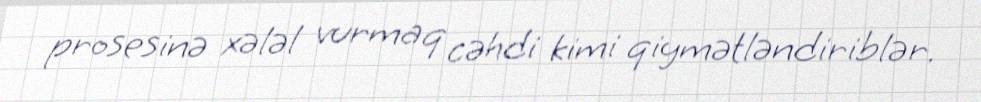
prosesinə xələl vurmaq cəhdi kimi qiymətləndiriblər.